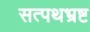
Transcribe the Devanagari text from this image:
सत्पथभ्रष्ट